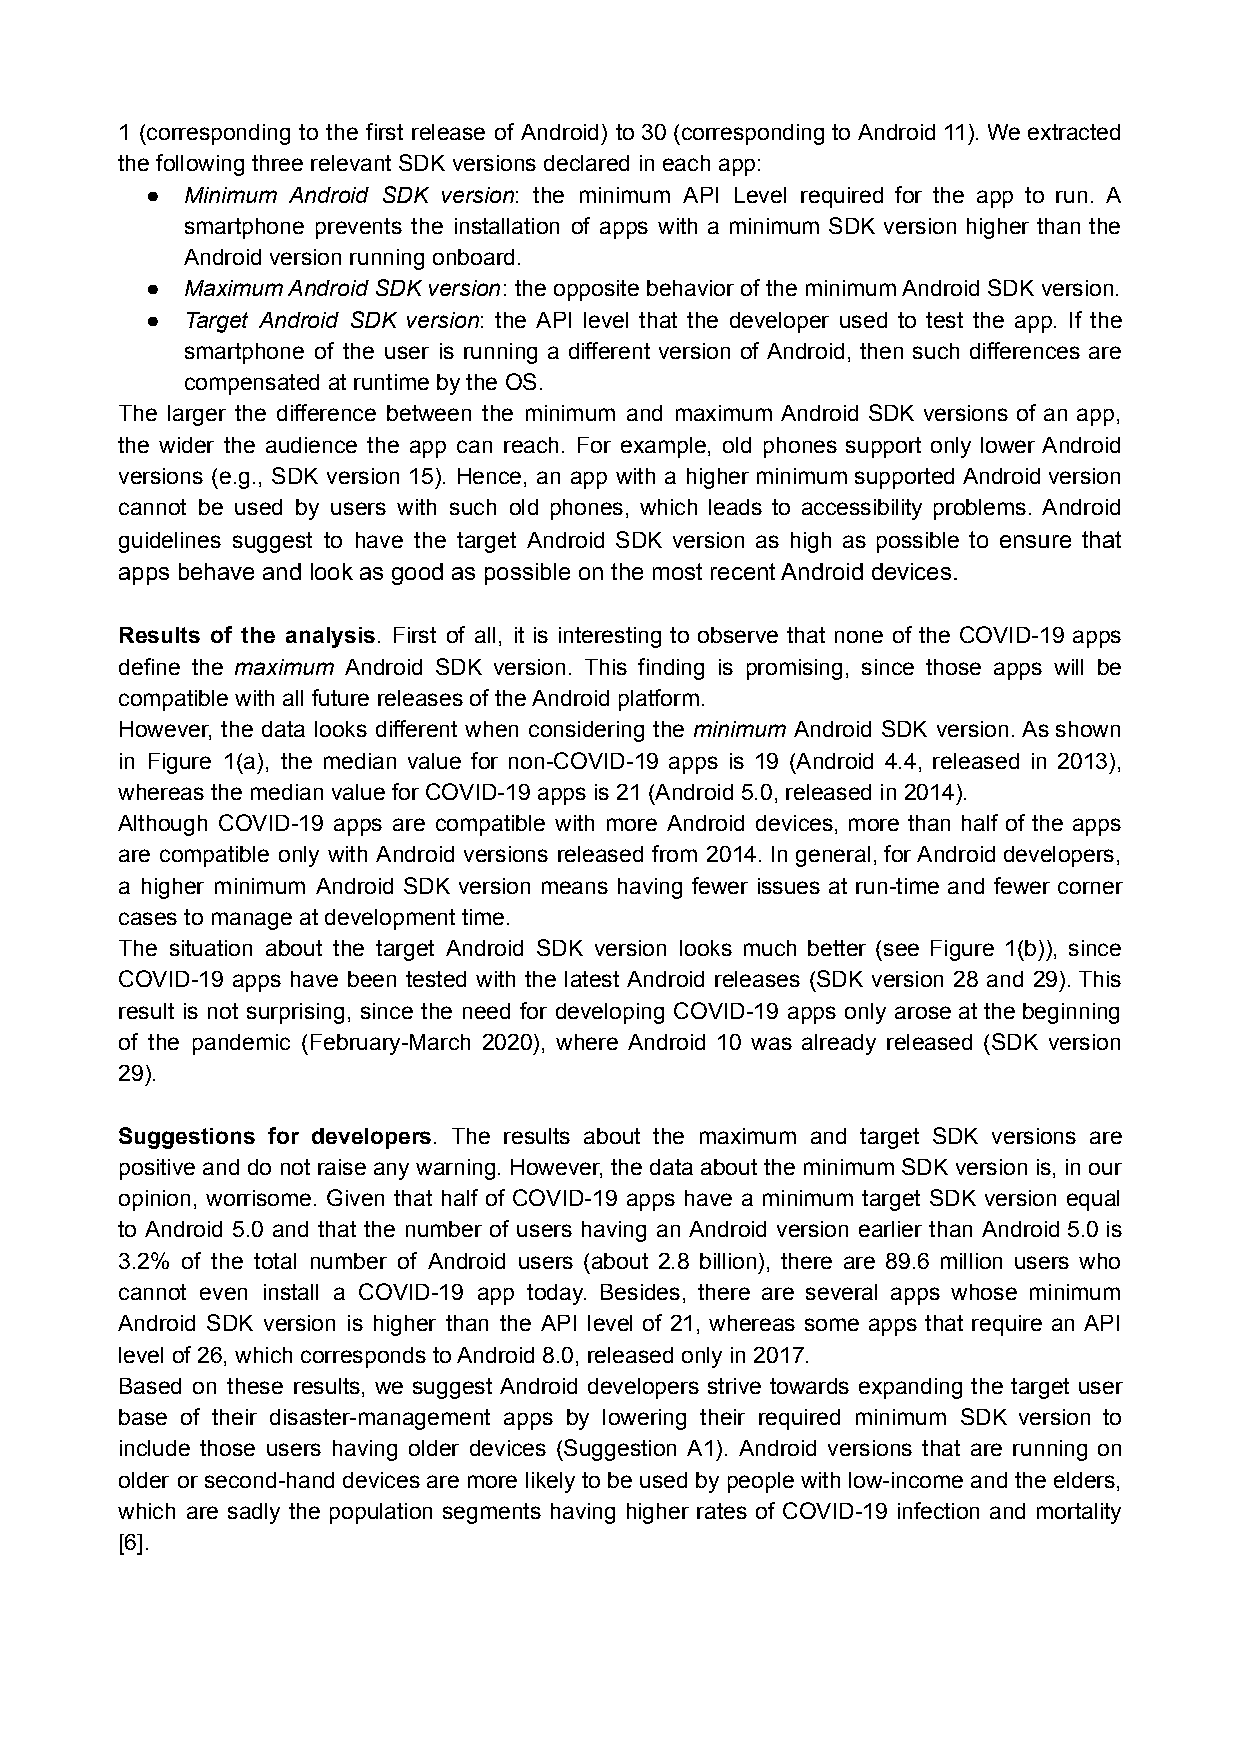
1 (corresponding to the first release of Android) to 30 (corresponding to Android 11). We extracted
 the following three relevant SDK versions declared in each app:
 ● Minimum Android SDK version: the minimum API Level required for the app to run. A
 smartphone prevents the installation of apps with a minimum SDK version higher than the
 Android version running onboard.
 ● Maximum Android SDK version: the opposite behavior of the minimum Android SDK version.
 ● Target Android SDK version: the API level that the developer used to test the app. If the
 smartphone of the user is running a different version of Android, then such differences are
 compensated at runtime by the OS.
 The larger the difference between the minimum and maximum Android SDK versions of an app,
 the wider the audience the app can reach. For example, old phones support only lower Android
 versions (e.g., SDK version 15). Hence, an app with a higher minimum supported Android version
 cannot be used by users with such old phones, which leads to accessibility problems. Android
 guidelines suggest to have the target Android SDK version as high as possible to ensure that
 apps behave and look as good as possible on the most recent Android devices.
 Results of the analysis. First of all, it is interesting to observe that none of the COVID-19 apps
 define the maximum Android SDK version. This finding is promising, since those apps will be
 compatible with all future releases of the Android platform.
 However, the data looks different when considering the minimum Android SDK version. As shown
 in Figure 1(a), the median value for non-COVID-19 apps is 19 (Android 4.4, released in 2013),
 whereas the median value for COVID-19 apps is 21 (Android 5.0, released in 2014).
 Although COVID-19 apps are compatible with more Android devices, more than half of the apps
 are compatible only with Android versions released from 2014. In general, for Android developers,
 a higher minimum Android SDK version means having fewer issues at run-time and fewer corner
 cases to manage at development time.
 The situation about the target Android SDK version looks much better (see Figure 1(b)), since
 COVID-19 apps have been tested with the latest Android releases (SDK version 28 and 29). This
 result is not surprising, since the need for developing COVID-19 apps only arose at the beginning
 of the pandemic (February-March 2020), where Android 10 was already released (SDK version
 29).
 Suggestions for developers. The results about the maximum and target SDK versions are
 positive and do not raise any warning. However, the data about the minimum SDK version is, in our
 opinion, worrisome. Given that half of COVID-19 apps have a minimum target SDK version equal
 to Android 5.0 and that the number of users having an Android version earlier than Android 5.0 is
 3.2% of the total number of Android users (about 2.8 billion), there are 89.6 million users who
 cannot even install a COVID-19 app today. Besides, there are several apps whose minimum
 Android SDK version is higher than the API level of 21, whereas some apps that require an API
 level of 26, which corresponds to Android 8.0, released only in 2017.
 Based on these results, we suggest Android developers strive towards expanding the target user
 base of their disaster-management apps by lowering their required minimum SDK version to
 include those users having older devices (Suggestion A1). Android versions that are running on
 older or second-hand devices are more likely to be used by people with low-income and the elders,
 which are sadly the population segments having higher rates of COVID-19 infection and mortality
 [6].